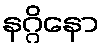
နဂ္ဂိနော